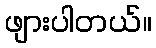
ဖျားပါတယ်။